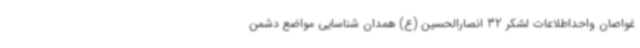
غواصان واحداطلاعات لشکر 32 انصارالحسین (ع) همدان شناسایی مواضع دشمن